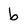
Character: b